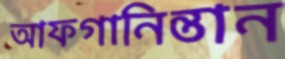
আফগানিন্তান